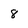
Character: 8